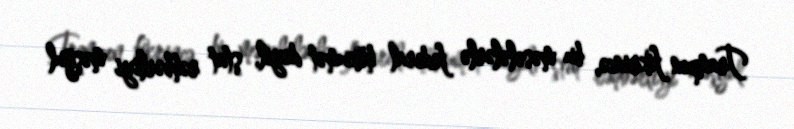
Trampın fikrincə, bu məsələlərlə federal hökumət deyil, ştat rəhbərliyi məşğul